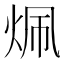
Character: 𬊄